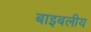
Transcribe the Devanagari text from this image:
बाइबलीय